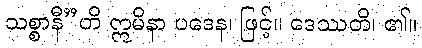
သစ္စာနီ”တိ ဣမိနာ ပဒေန၊ ဖြင့်။ ဒေဿတိ၊ ၏။